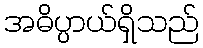
အဓိပ္ပာယ်ရှိသည်